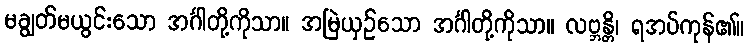
မချွတ်မယွင်းသော အင်္ဂါတို့ကိုသာ။ အမြဲယှဉ်သော အင်္ဂါတို့ကိုသာ။ လဗ္ဘန္တိ၊ ရအပ်ကုန်၏။